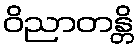
ဝိညာတန္တိ